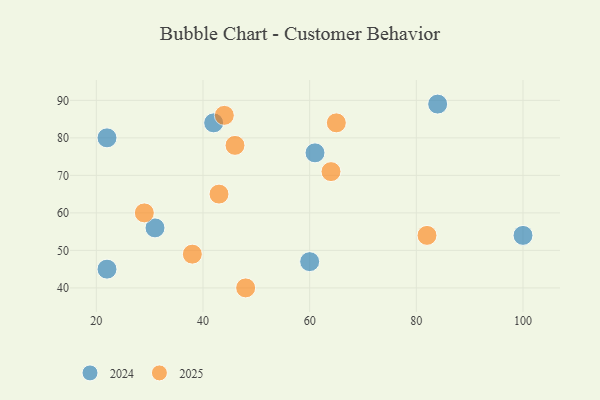
{"axis": {"x": "GDP", "y": "Life Expectancy"}, "legend": ["2024", "2025"], "data": [{"x": "43", "y": 65, "type": "2025"}, {"x": "64", "y": 71, "type": "2025"}, {"x": "46", "y": 78, "type": "2025"}, {"x": "48", "y": 40, "type": "2025"}, {"x": "65", "y": 84, "type": "2025"}, {"x": "82", "y": 54, "type": "2025"}, {"x": "38", "y": 49, "type": "2025"}, {"x": "44", "y": 86, "type": "2025"}, {"x": "29", "y": 60, "type": "2025"}, {"x": "22", "y": 80, "type": "2024"}, {"x": "60", "y": 47, "type": "2024"}, {"x": "100", "y": 54, "type": "2024"}, {"x": "31", "y": 56, "type": "2024"}, {"x": "61", "y": 76, "type": "2024"}, {"x": "84", "y": 89, "type": "2024"}, {"x": "22", "y": 45, "type": "2024"}, {"x": "42", "y": 84, "type": "2024"}]}